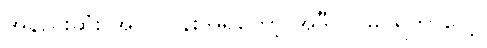
အနည်းဆုံး အပြင်ပန်းအရတော့ အဲဒီလို မြင်ရတာပေါ့။